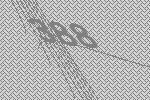
388